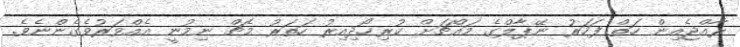
ރާއްޖެއިން ހަތް ފަހަރު ނޭޕާލްގެ މައްޗަށް ކުރިހޯދިއިރު ހަތަރު މެޗް ނިމުނީ އެއްވަރުވެގެންނެވެ.